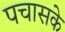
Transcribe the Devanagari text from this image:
पचासके